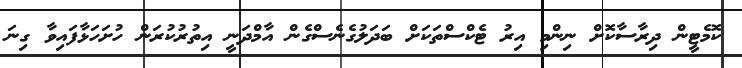
ކޮމެޓީން ދިރާސާކޮށް ނިންމި އިރު ޓެކްސްތަކަށް ބަދަލުގެނެސްގެން އާމްދަނީ އިތުރުކުރަން ހުށަހަޅާފައިވާ ގިނަ